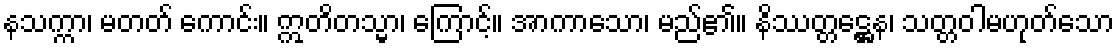
နသက္ကာ၊ မတတ် ကောင်း။ ဣတိတသ္မာ၊ ကြောင့်။ အာကာသော၊ မည်၏။ နိဿတ္တဋ္ဌေန၊ သတ္တဝါမဟုတ်သော